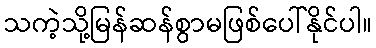
သကဲ့သို့မြန်ဆန်စွာမဖြစ်ပေါ်နိုင်ပါ။